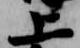
上